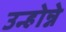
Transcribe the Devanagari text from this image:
उन्होन्ने